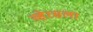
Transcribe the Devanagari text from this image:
व्हेरसला